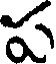
ప